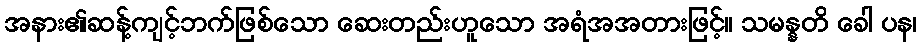
အနား၏ဆန့်ကျင့်ဘက်ဖြစ်သော ဆေးတည်းဟူသော အရံအအတားဖြင့်။ သမန္နတိ ခေါ ပန၊